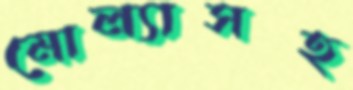
মোল্যাসহ